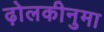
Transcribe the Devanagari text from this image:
ढ़ोलकीनुमा